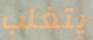
يتغلب